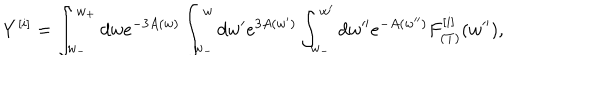
Y ^ { [ i ] } = \int _ { w _ { - } } ^ { w _ { + } } d w e ^ { - 3 A ( w ) } \int _ { w _ { - } } ^ { w } d w ^ { \prime } e ^ { 3 A ( w ^ { \prime } ) } \int _ { w _ { - } } ^ { w ^ { \prime } } d w ^ { \prime \prime } e ^ { - A ( w ^ { \prime \prime } ) } F _ { ( T ) } ^ { [ i ] } ( w ^ { \prime \prime } ) ,